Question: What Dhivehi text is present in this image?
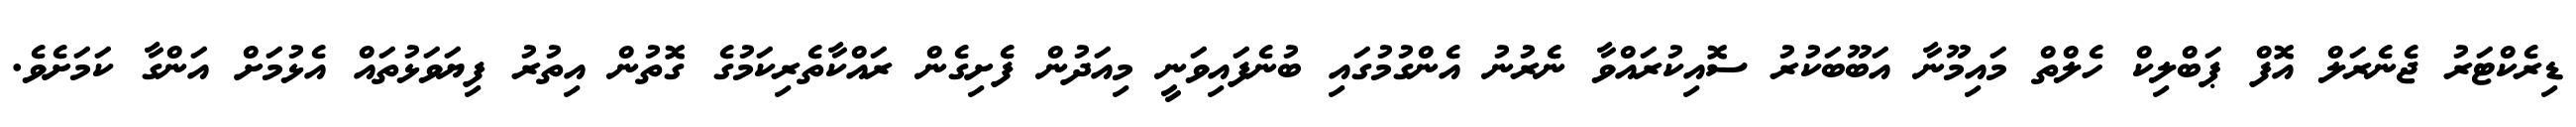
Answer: ޑިރެކްޓަރު ޖެނެރަލް އޮފް ޕަބްލިކް ހެލްތް މައިމޫނާ އަބޫބަކުރު ސޮއިކުރައްވާ ނެރުނު އެންގުމުގައި ބުނެފައިވަނީ މިއަދުން ފެށިގެން ރައްކާތެރިކަމުގެ ގޮތުން އިތުރު ފިޔަވަޅުތައް އެޅުމަށް އަންގާ ކަމަށެވެ.